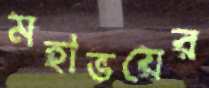
মহাভয়ের